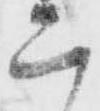
二